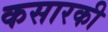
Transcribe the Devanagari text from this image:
कसारकी